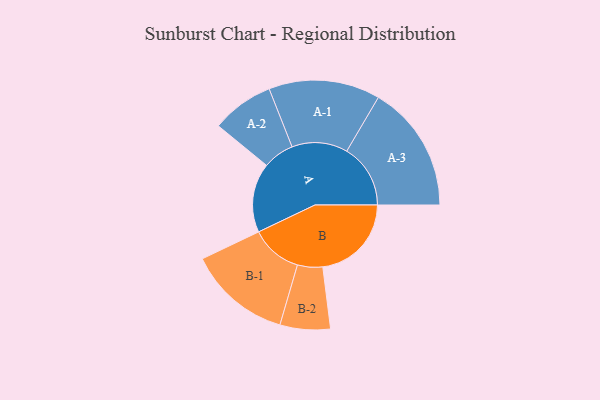
{"axis": {"x": "Segment", "y": "Value"}, "legend": ["", "A", "B"], "data": [{"x": "A", "y": 320, "type": ""}, {"x": "B", "y": 409, "type": ""}, {"x": "A-1", "y": 257, "type": "A"}, {"x": "A-2", "y": 144, "type": "A"}, {"x": "A-3", "y": 294, "type": "A"}, {"x": "B-1", "y": 238, "type": "B"}, {"x": "B-2", "y": 116, "type": "B"}]}